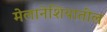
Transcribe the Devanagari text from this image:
मेलानेशियातील